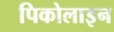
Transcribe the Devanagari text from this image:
पिकोलाइन